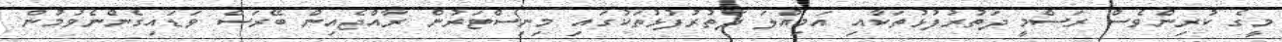
މީގެ ކުރިންވެސް ރަސްމީ ދަތުރުފުޅުތަކާއި އަމިއްލަ ދަތުރުފުޅުތަކުގައި މިނިސްޓަރުން ރާއްޖެއިން ބޭރަސް ވަޑައިގެންނެވުމުން